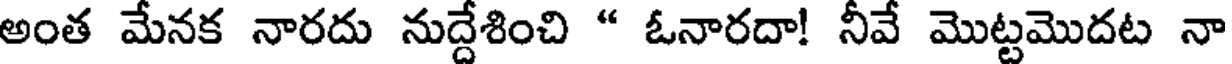
అంత మేనక నారదు నుద్దేశించి " ఓనారదా! నీవే మొట్టమొదట నా